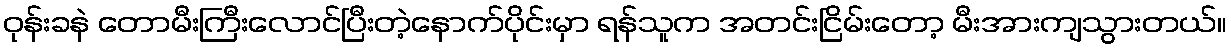
ဝုန်းခနဲ တောမီးကြီးလောင်ပြီးတဲ့နောက်ပိုင်းမှာ ရန်သူက အတင်းငြိမ်းတော့ မီးအားကျသွားတယ်။